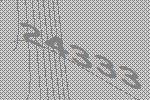
24333